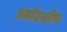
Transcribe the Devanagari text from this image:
त्रयोदशीस